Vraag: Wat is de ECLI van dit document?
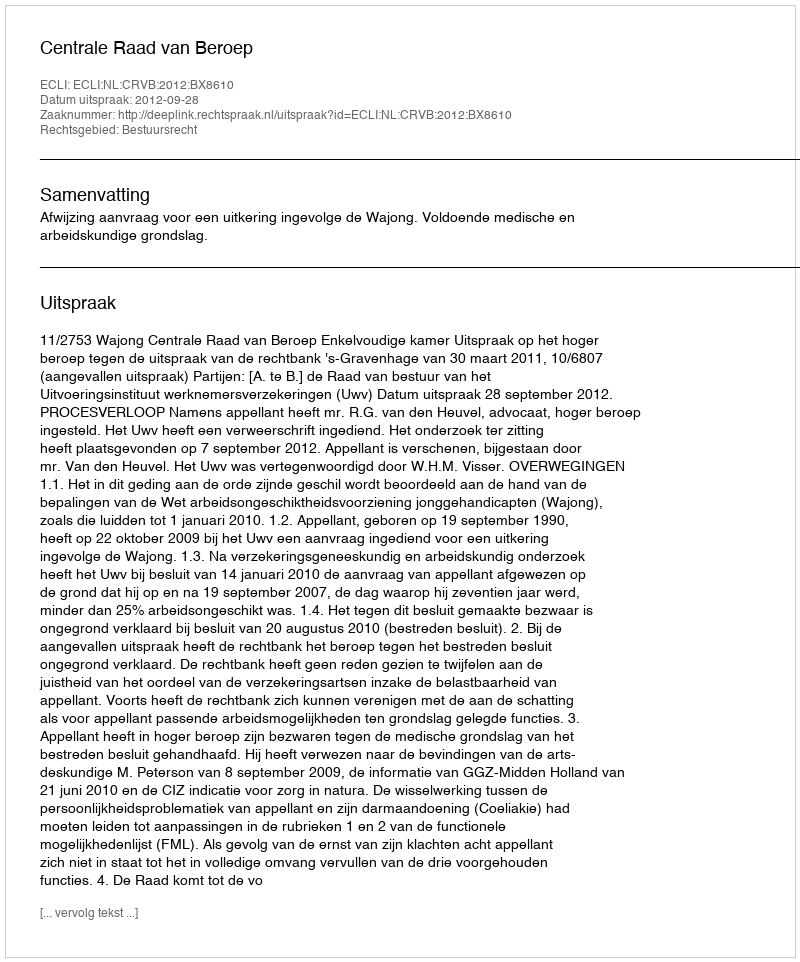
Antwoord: ECLI:NL:CRVB:2012:BX8610